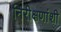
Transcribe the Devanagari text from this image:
निरीक्षणांशी